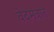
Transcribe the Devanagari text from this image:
वेदमंत्रात